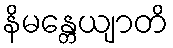
နိမန္တေယျာတိ